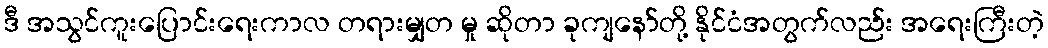
ဒီ အသွင်ကူးပြောင်းရေးကာလ တရားမျှတ မှု ဆိုတာ ခုကျနော်တို့ နိုင်ငံအတွက်လည်း အရေးကြီးတဲ့